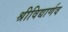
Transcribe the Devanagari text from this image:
श्रीविद्यार्णव